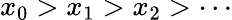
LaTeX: x_{0}>x_{1}>x_{2}>\cdots